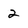
Character: 2